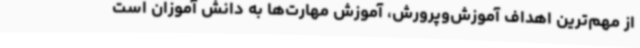
از مهم‌ترین اهداف آموزش‌وپرورش، آموزش مهارت‌ها به دانش آموزان است